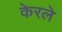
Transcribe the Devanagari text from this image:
केरले